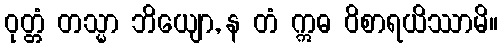
ဝုတ္တံ တသ္မာ ဘိယျော, န တံ ဣဓ ဝိစာရယိဿာမိ။